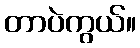
တာပဲကွယ်။